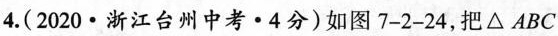
4.(2020·浙江台州中考·4分)如图7-2-24，把△ABC